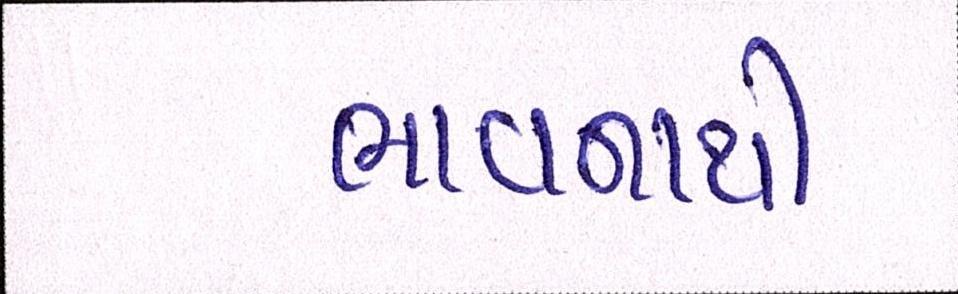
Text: ભાવનાથી